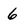
Character: 6